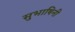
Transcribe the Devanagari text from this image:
सुभाषिनी